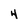
Character: 4